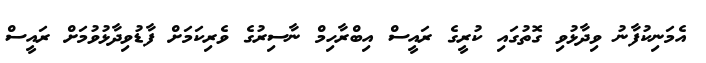
އެމަނިކުފާނު ވިދާޅުވި ގޮތުގައި ކުރީގެ ރައީސް އިބްރާހިމް ނާސިރުގެ ވެރިކަމަށް ފާޑުވިދާޅުވުމަށް ރައީސް